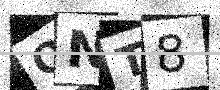
Text: ONT8